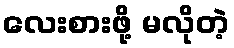
လေးစားဖို့ မလိုတဲ့